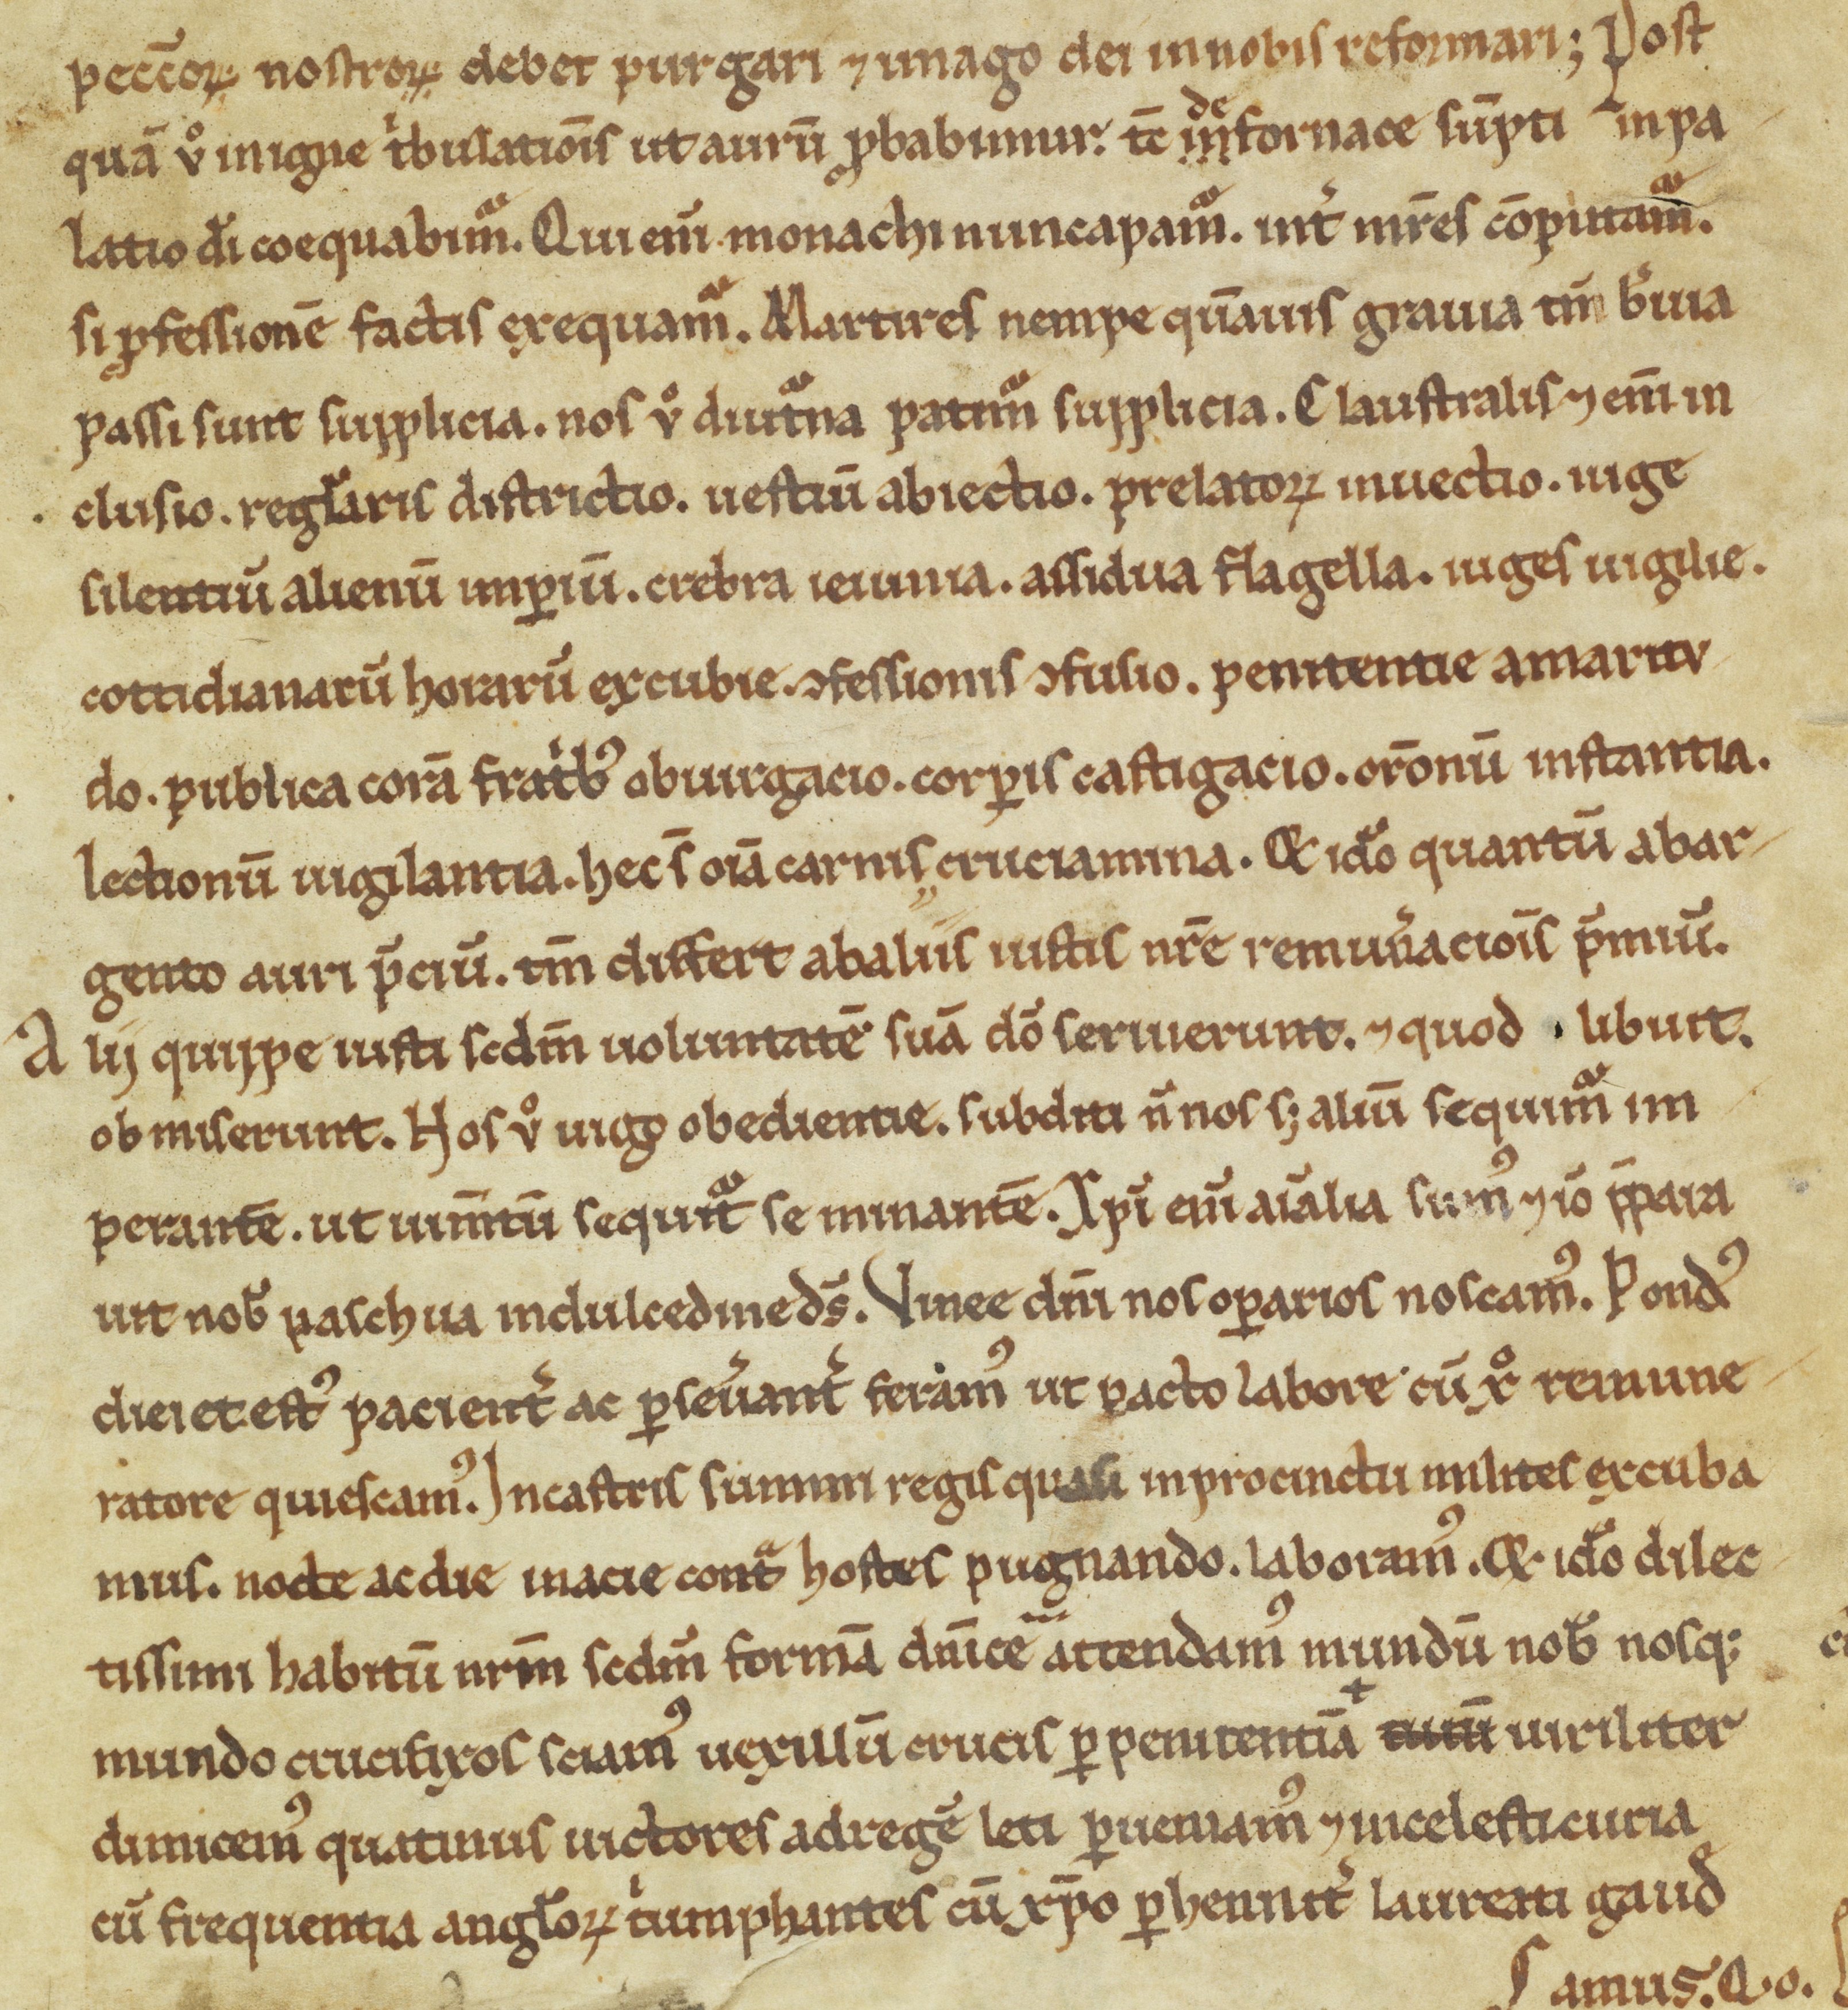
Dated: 1100–1299